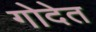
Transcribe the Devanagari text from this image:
गोदेत